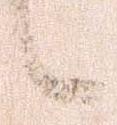
候